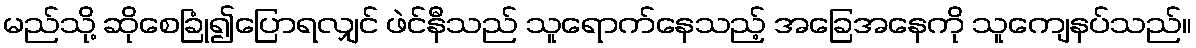
မည်သို့ ဆိုစေခြုံ၍ပြောရလျှင် ဖဲင်နီသည် သူရောက်နေသည့် အခြေအနေကို သူကျေနပ်သည်။